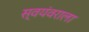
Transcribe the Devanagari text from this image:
स्वयंवराला